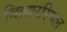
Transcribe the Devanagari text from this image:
विल्लाररियल